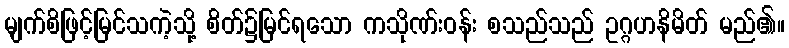
မျက်စိဖြင့်မြင်သကဲ့သို့ စိတ်၌မြင်ရသော ကသိုဏ်းဝန်း စသည်သည် ဥဂ္ဂဟနိမိတ် မည်၏။